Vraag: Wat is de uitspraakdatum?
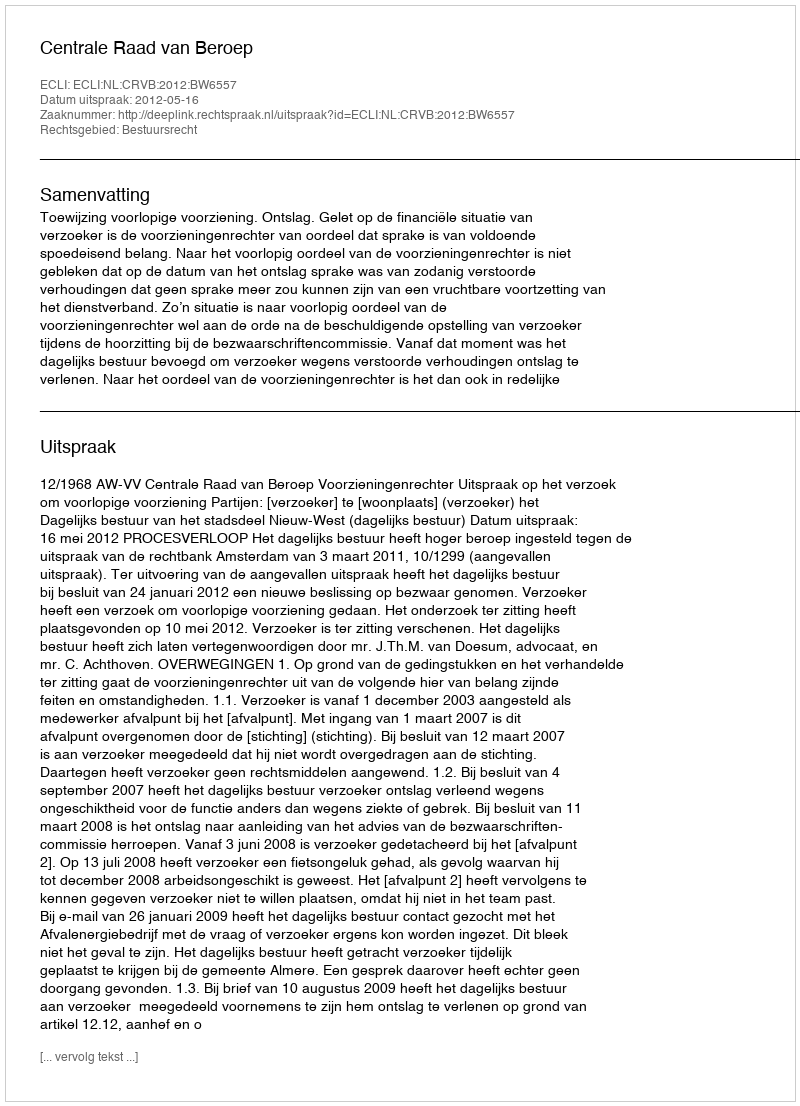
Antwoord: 2012-05-16